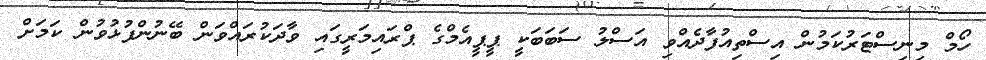
ހޯމް މިނިސްޓަރުކަމުން އިސްތިއުފާދެއްވި އަސްލު ސަބަބަކީ ޕީޕީއެމްގެ ޕްރައިމަރީގައި ވާދަކުރައްވަން ބޭނުންފުޅުވުން ކަމަށް